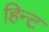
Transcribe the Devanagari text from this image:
हिन्ट